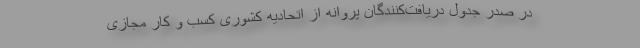
در صدر جدول دریافت‌کنندگان پروانه از اتحادیه کشوری کسب‌ و کار مجازی